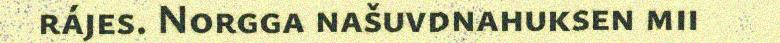
rájes. Norgga našuvdnahuksen mii